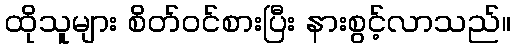
ထိုသူများ စိတ်ဝင်စားပြီး နားစွင့်လာသည်။